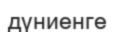
дүниенге